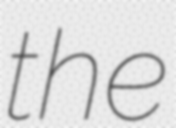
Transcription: the